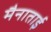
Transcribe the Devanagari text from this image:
मैनाताई